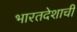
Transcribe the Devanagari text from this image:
भारतदेशाची